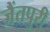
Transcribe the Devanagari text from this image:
जैंतपुरी